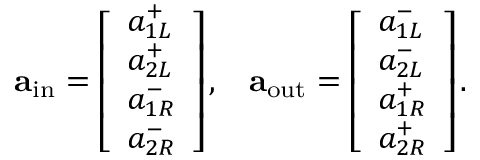
\mathbf { a } _ { \mathrm { i n } } = \left[ \begin{array} { l } { a _ { 1 L } ^ { + } } \\ { a _ { 2 L } ^ { + } } \\ { a _ { 1 R } ^ { - } } \\ { a _ { 2 R } ^ { - } } \end{array} \right] , \; \; \; \mathbf { a } _ { \mathrm { o u t } } = \left[ \begin{array} { l } { a _ { 1 L } ^ { - } } \\ { a _ { 2 L } ^ { - } } \\ { a _ { 1 R } ^ { + } } \\ { a _ { 2 R } ^ { + } } \end{array} \right] .